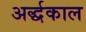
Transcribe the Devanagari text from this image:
अर्द्धकाल